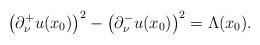
LaTeX: \begin{align*}\big( \partial_\nu^+ u(x_0)\big)^2 - \big( \partial_\nu^- u(x_0)\big)^2=\Lambda(x_0).\end{align*}